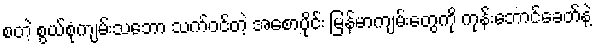
စတဲ့ စွယ်စုံကျမ်းသဘော သက်ဝင်တဲ့ အစောပိုင်း မြန်မာကျမ်းတွေကို ကုန်းဘောင်ခေတ်နဲ့